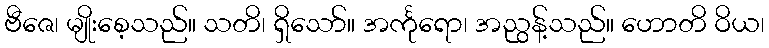
ဗီဇေ၊ မျိုးစေ့သည်။ သတိ၊ ရှိသော်။ အင်္ကုရော၊ အညွန့်သည်။ ဟောတိ ဝိယ၊